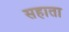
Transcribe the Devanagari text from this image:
सहाता